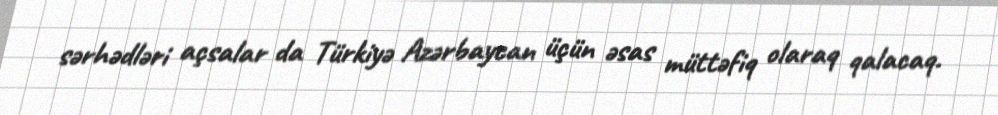
sərhədləri açsalar da Türkiyə Azərbaycan üçün əsas müttəfiq olaraq qalacaq.